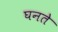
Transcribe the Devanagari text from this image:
घनते